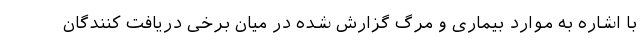
با اشاره به موارد بیماری و مرگ گزارش شده در میان برخی دریافت کنندگان